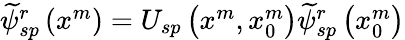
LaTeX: \begin{array}{r}{\widetilde{\psi}_{sp}^{r}\left(x^{m}\right)=U_{sp}\left(x^{m},x_{0}^{m}\right)\widetilde{\psi}_{sp}^{r}\left(x_{0}^{m}\right)}\end{array}